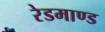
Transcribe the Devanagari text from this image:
रेडमाण्ड